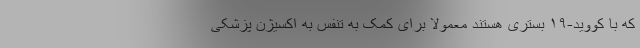
که با کووید-۱۹ بستری هستند معمولا برای کمک به تنفس به اکسیژن پزشکی